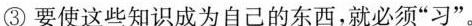
③要使这些知识成为自己的东西，就必须”习”。